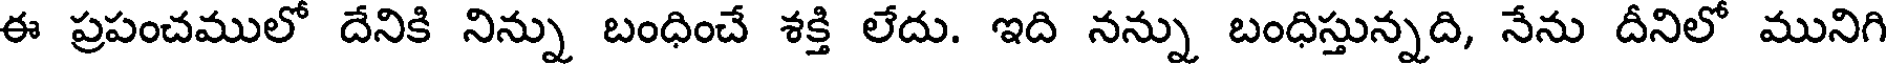
ఈ ప్రపంచములో దేనికి నిన్ను బంధించే శక్తి లేదు. ఇది నన్ను బంధిస్తున్నది, నేను దీనిలో మునిగి